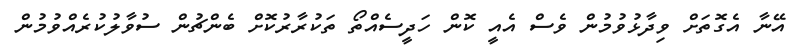
އޭނާ އެގޮތަށް ވިދާޅުވުމުން ވެސް އެއީ ކޮން ހަދީސެއްތޯ ތަކުރާރުކޮށް ބެންޗުން ސުވާލުކުރެއްވުމުން